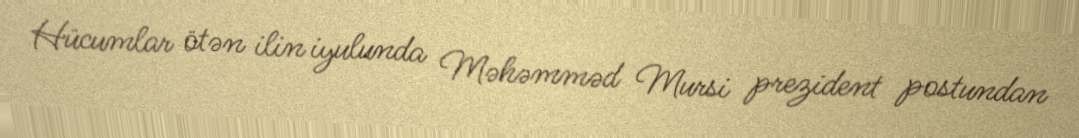
Hücumlar ötən ilin iyulunda Məhəmməd Mursi prezident postundan